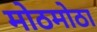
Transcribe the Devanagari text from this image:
मोठमोठा